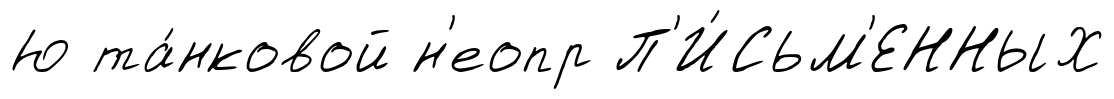
Ю та́нковой н'еопр П'И́СЬМ'ЕННЫХ